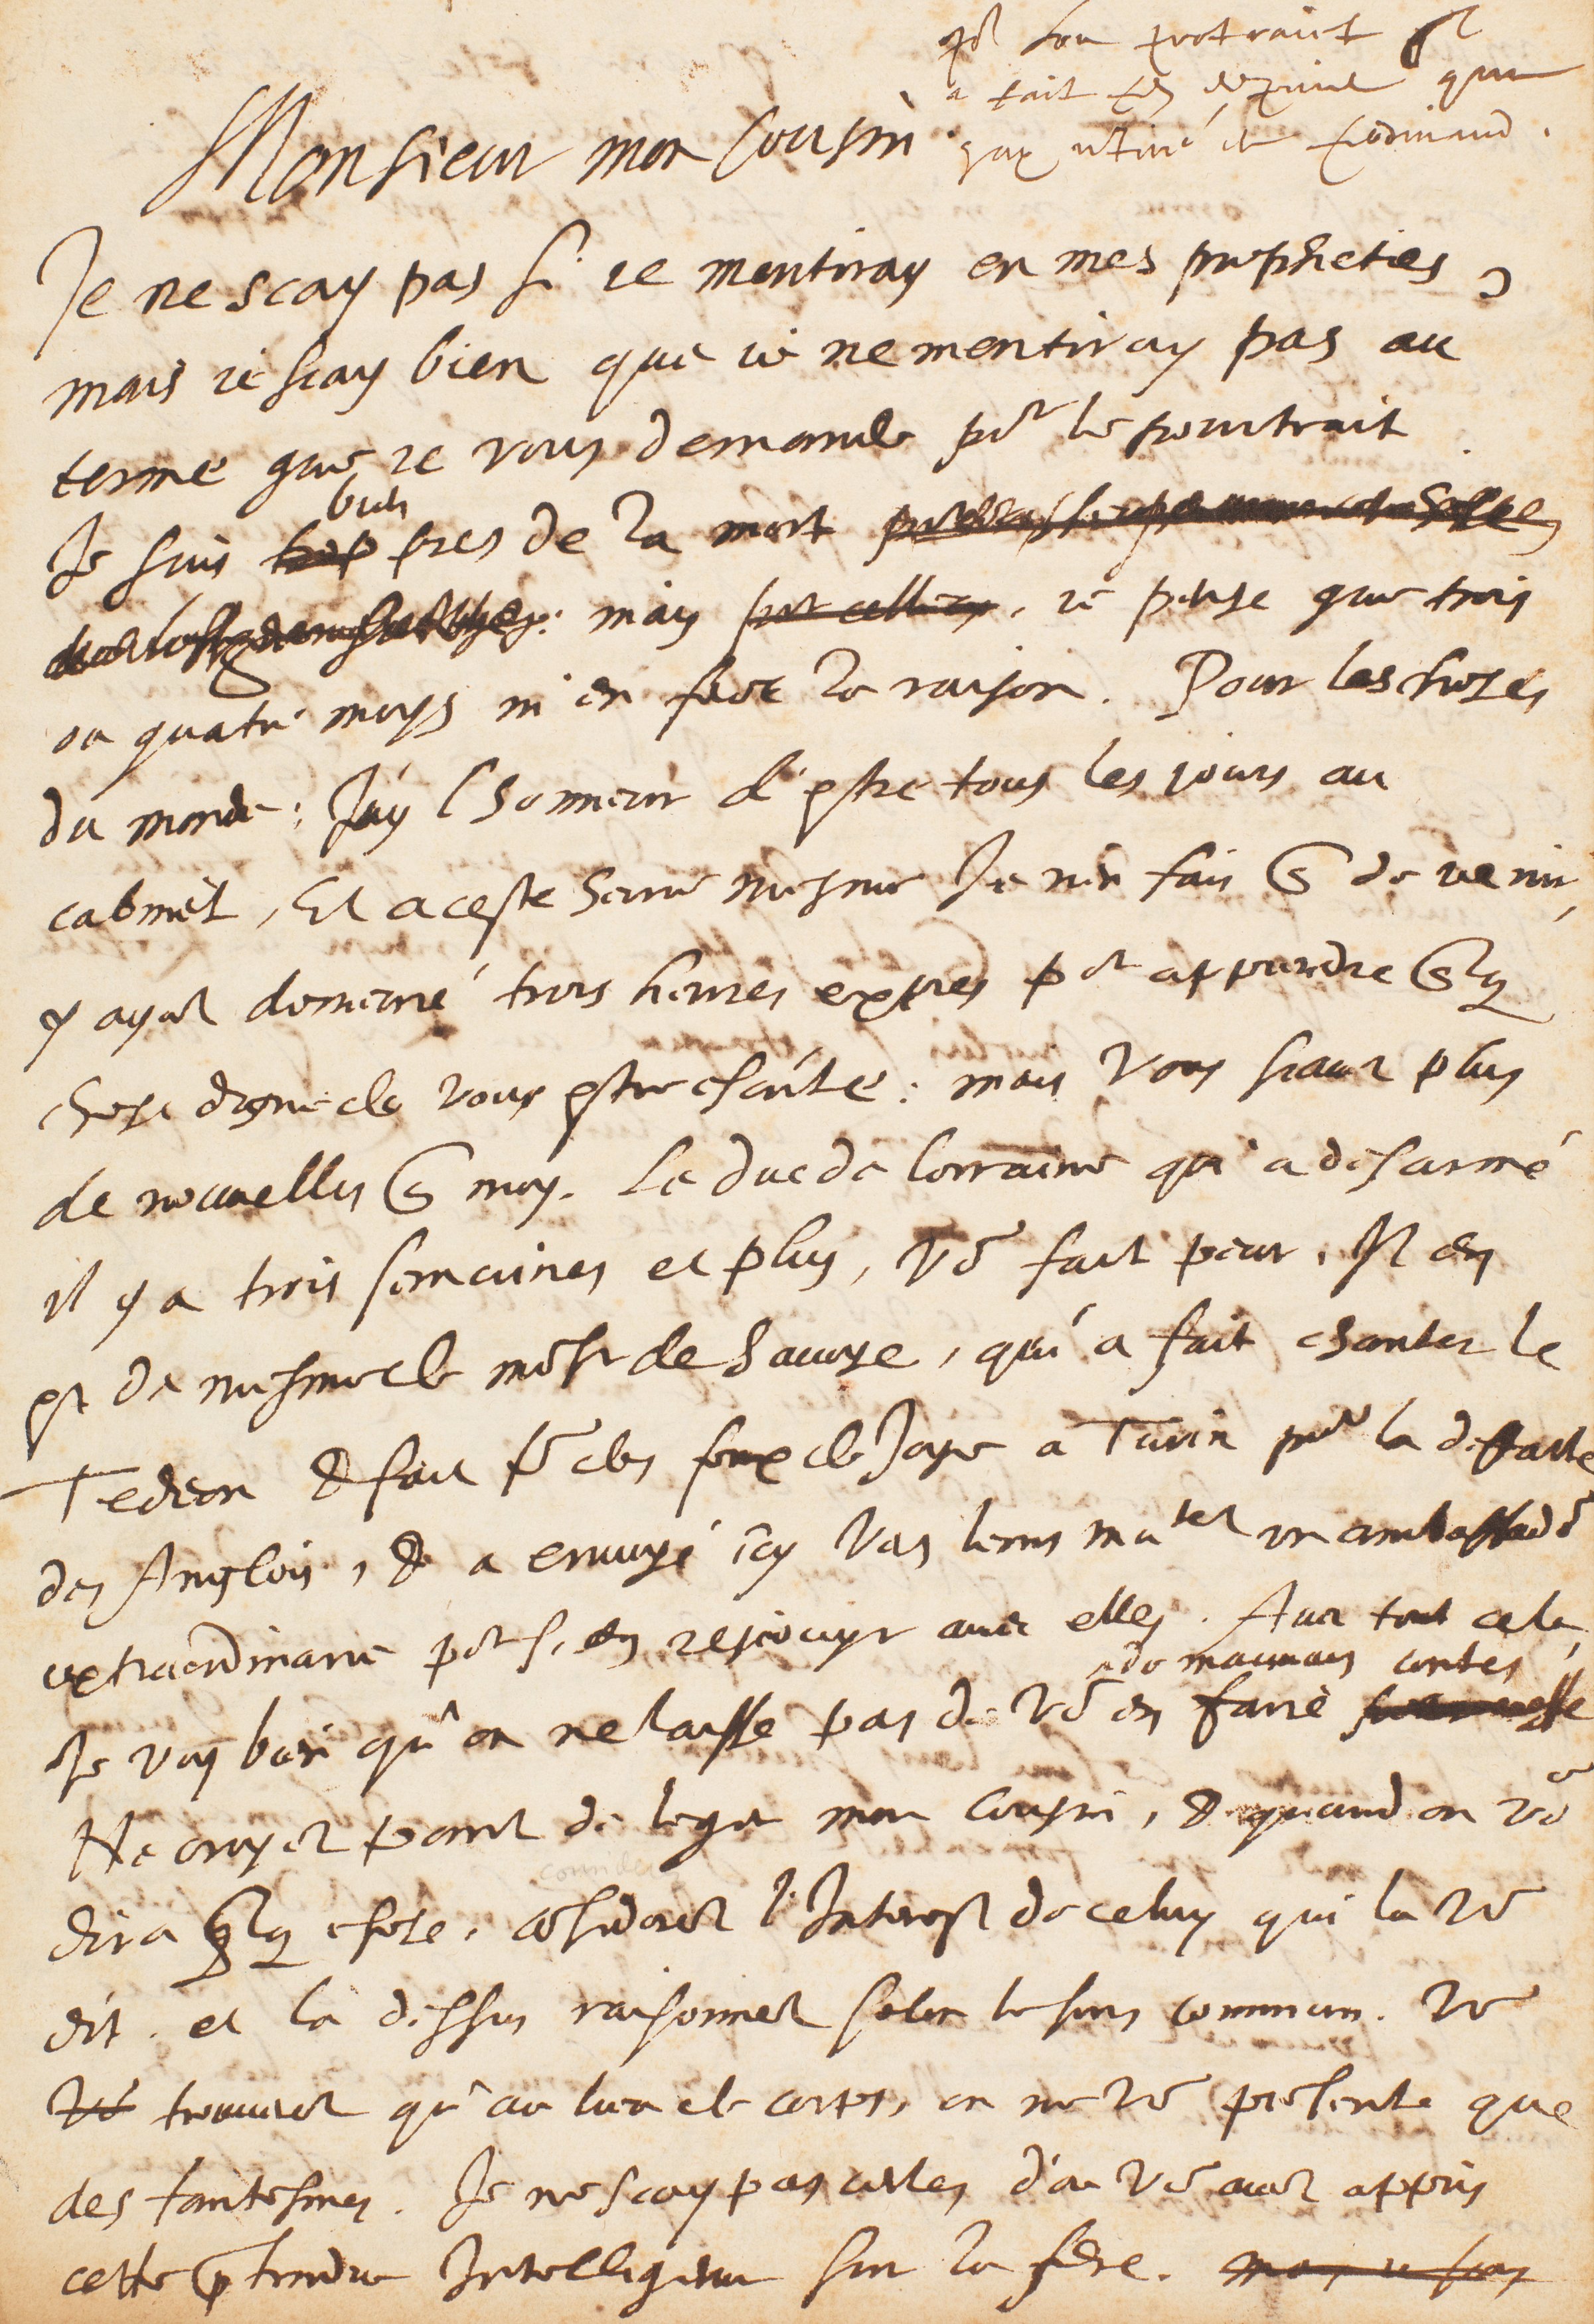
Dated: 1628–1628